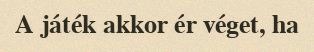
A játék akkor ér véget, ha